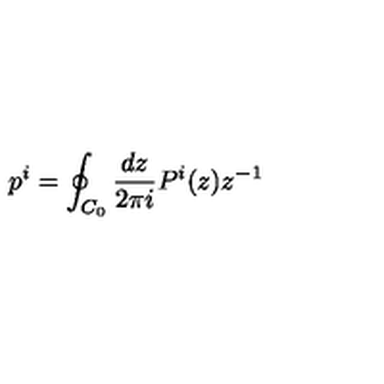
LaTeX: p ^ { i } = \oint _ { C _ { 0 } } \frac { d z } { 2 \pi i } P ^ { i } ( z ) z ^ { - 1 }